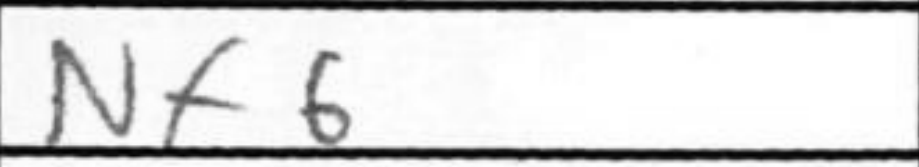
Transcription: Nf6